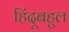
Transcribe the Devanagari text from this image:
हिंदूबहुल